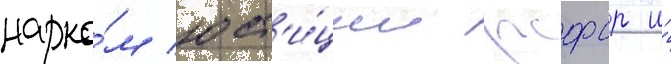
нарко́м юст'и́ции рсфср и́